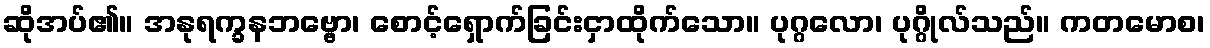
ဆိုအပ်၏။ အနုရက္ခနဘဗ္ဗော၊ စောင့်ရှောက်ခြင်းငှာထိုက်သော။ ပုဂ္ဂလော၊ ပုဂ္ဂိုလ်သည်။ ကတမောစ၊